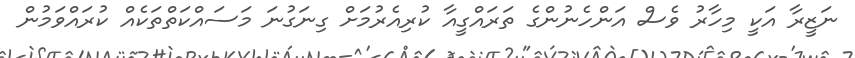
ނަޒީރާ އަކީ މިހާރު ވެސް އަންހެނުންގެ ތަރައްގީއާ ކުރިއެރުމަށް ގިނަގުނަ މަސައްކަތްތަކެއް ކުރައްވަމުން